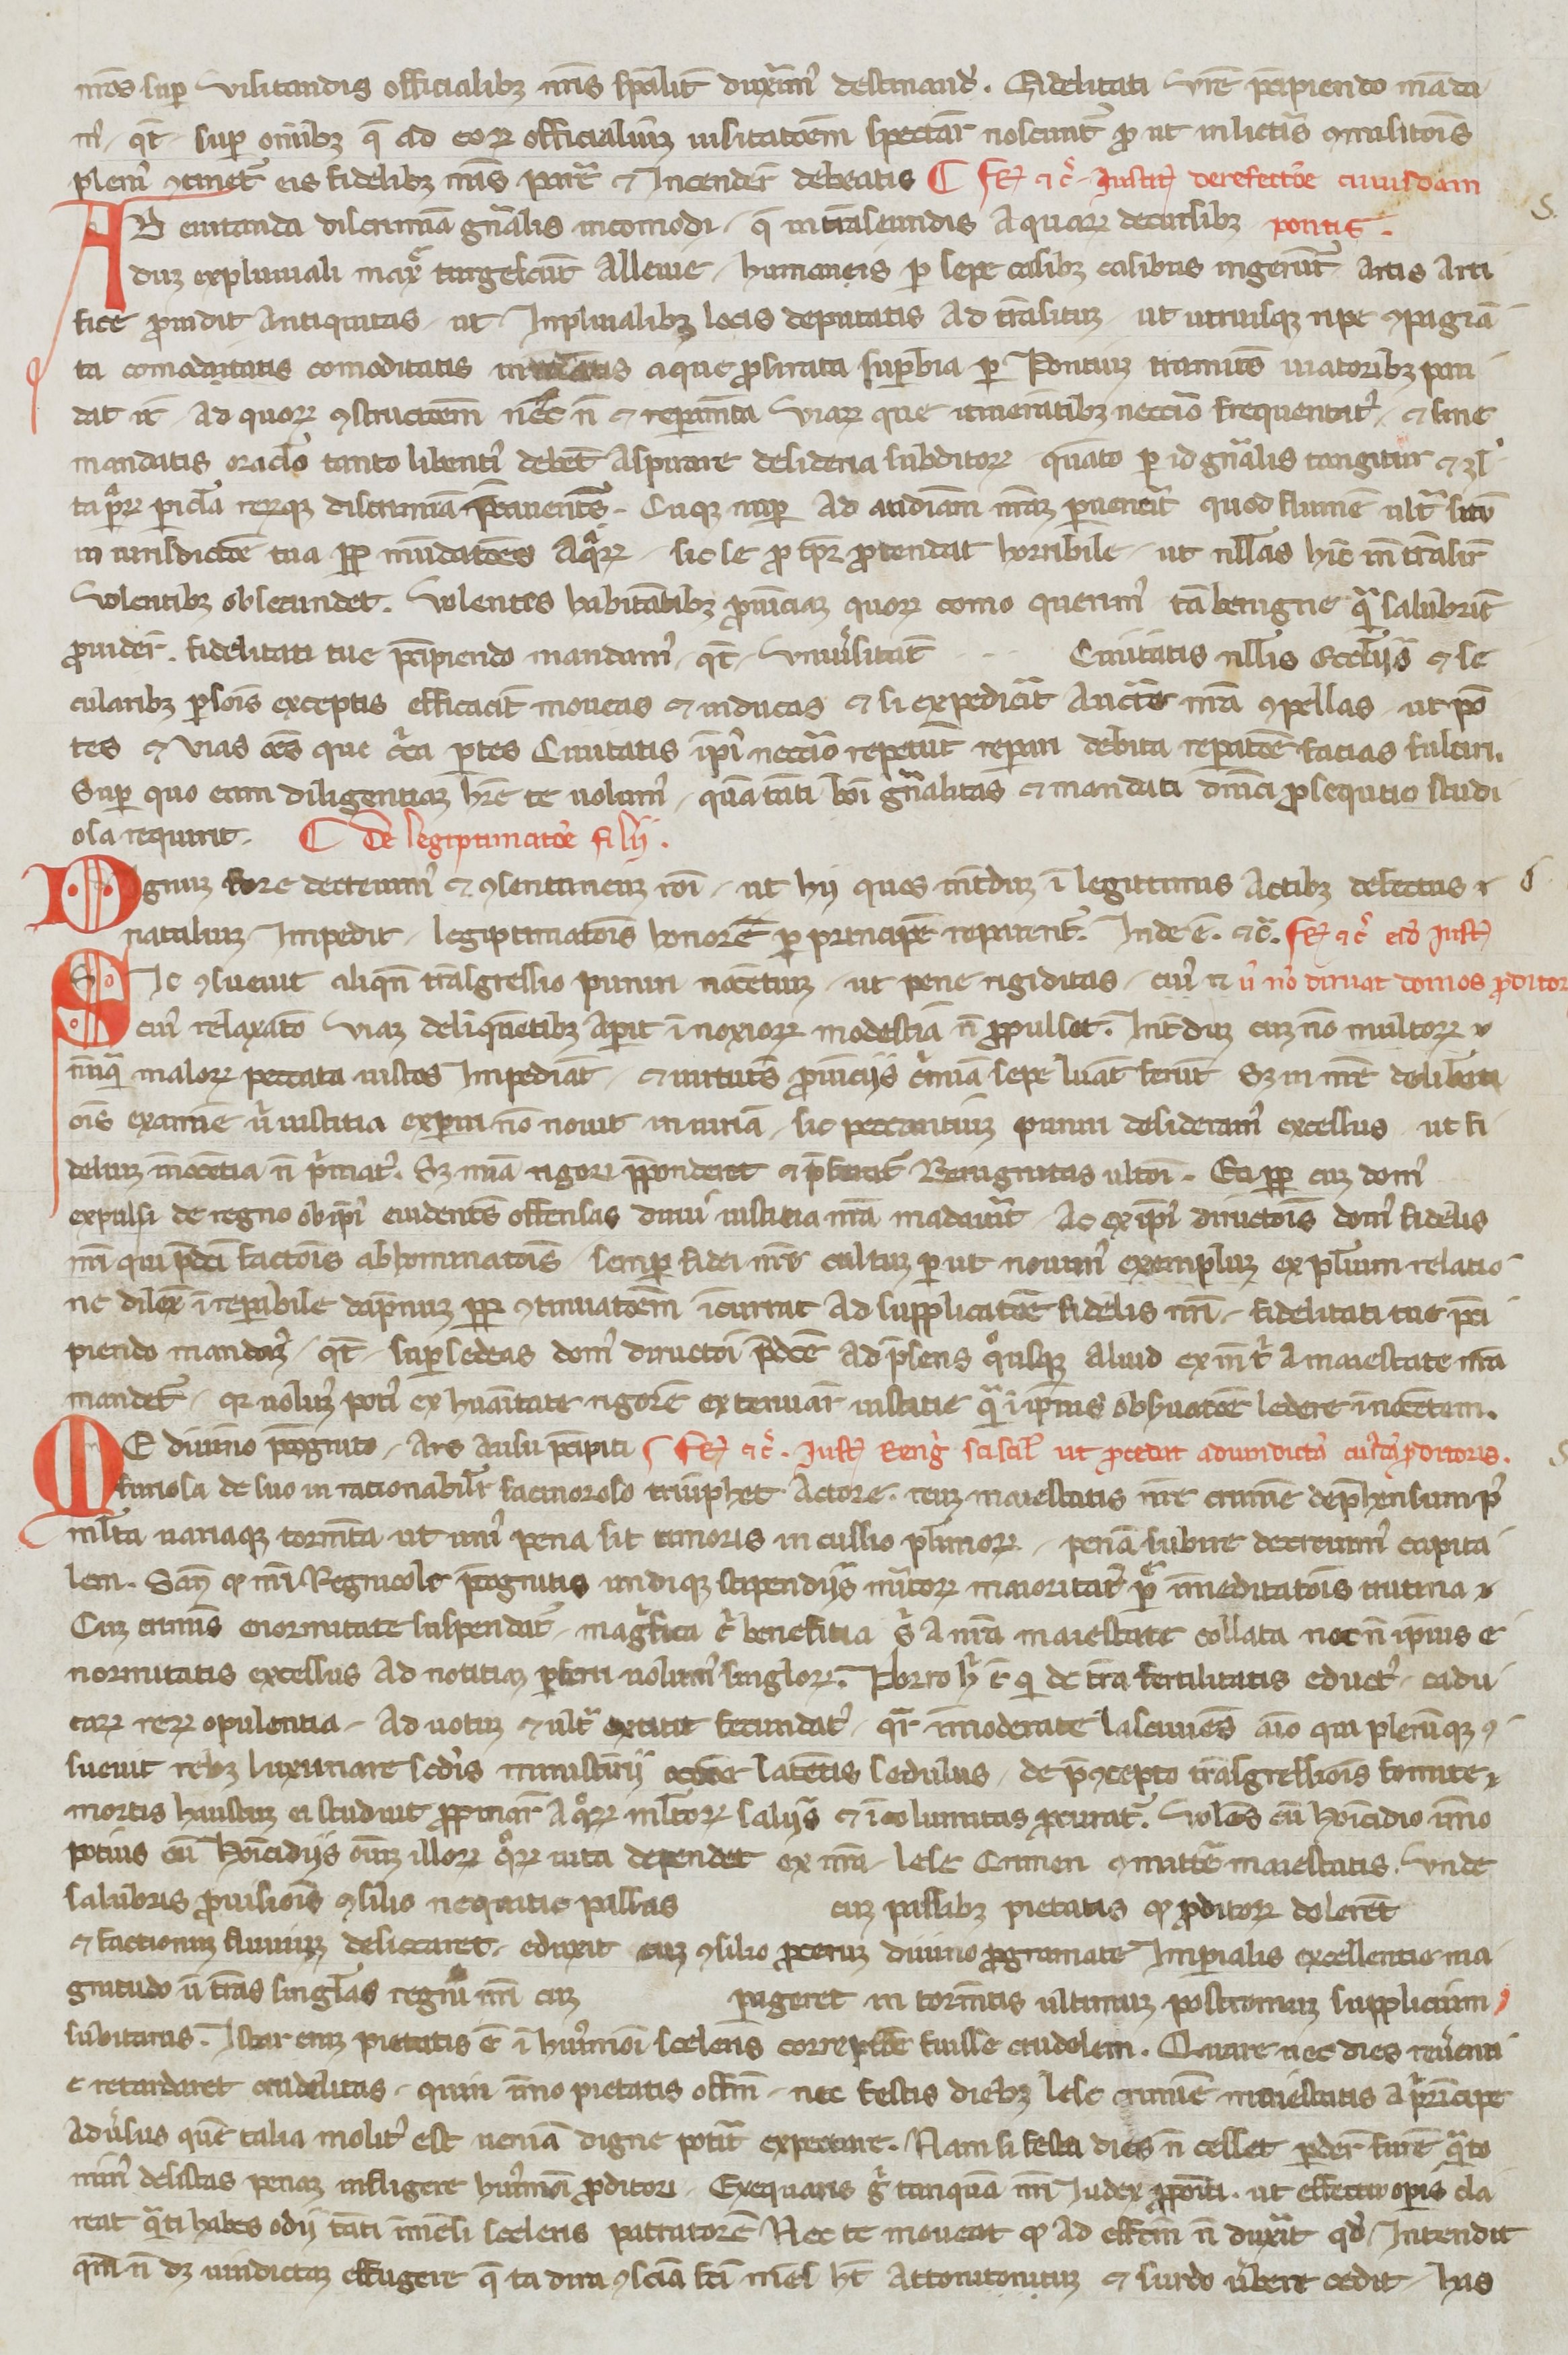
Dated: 1250–1299